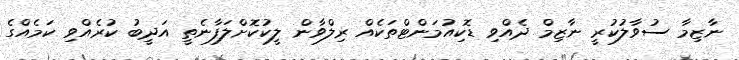
ނާޒިމާ ސުވާލުކުރީ ނާޒިމް ދެއްވި ޑޮކިއުމަންޓްތަކެއް ރިލްވާން ލީކުކޮށްލަފާނެތީ އަދީބު ކުރެއްވި ކަމެއްގެ